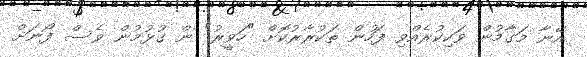
އޭނާ މަގާމުން ވަކިކުރެއްވި ފަހުން ތަކުރާރުކޮށް "ހަވީރު" ން ގުޅުމުން ވެސް ފޯނަށް